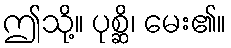
ဤသို့။ ပုစ္ဆိ၊ မေး၏။